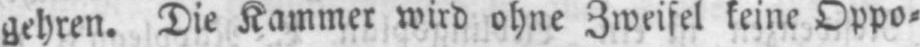
gehren. Die Kammer wird ohne Zweifel keine Oppo⸗